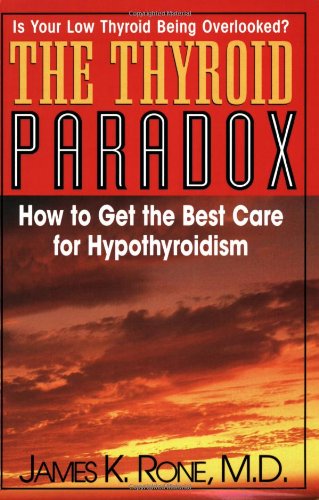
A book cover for The Thyroid Paradox: How to Get the Best Care for Hypothyroidism; James K. Rone; Health, Fitness & Dieting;